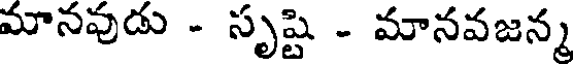
మానవుడు - సృష్టి - మానవజన్మ